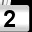
Digit: 2